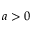
a > 0